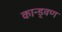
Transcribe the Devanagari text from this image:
कान्ड्वण